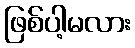
ဖြစ်ပါ့မလား